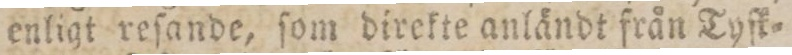
enligt reſande, ſom direkte anländt från Tyſk=